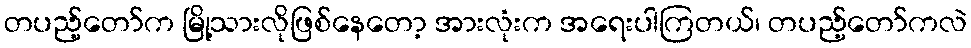
တပည့်တော်က မြို့သားလိုဖြစ်နေတော့ အားလုံးက အရေးပါကြတယ်၊ တပည့်တော်ကလဲ